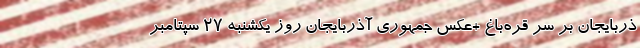
ذربایجان بر سر قره‌باغ +عکس جمهوری آذربایجان روز یکشنبه ۲۷ سپتامبر